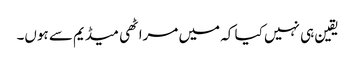
یقین ہی نہیں کیا کہ میں مراٹھی میڈیم سے ہوں۔